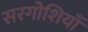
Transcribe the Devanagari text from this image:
सरगोशियाँ